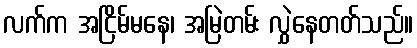
လက်က အငြိမ်မနေ၊ အမြဲတမ်း လွှဲနေတတ်သည်။